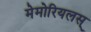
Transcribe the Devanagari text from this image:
मेमोरियलस्